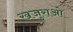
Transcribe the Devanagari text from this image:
खजुराओ